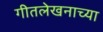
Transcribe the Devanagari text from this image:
गीतलेखनाच्या